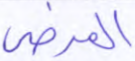
المرضى